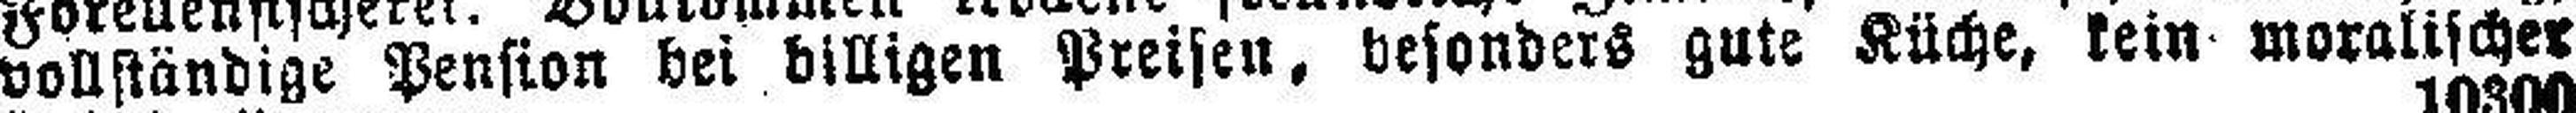
vollständige Pension bei billigen Preisen, besonders gute Küche, kein moralischer